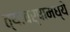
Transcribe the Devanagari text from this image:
त्यावर्षामध्ये